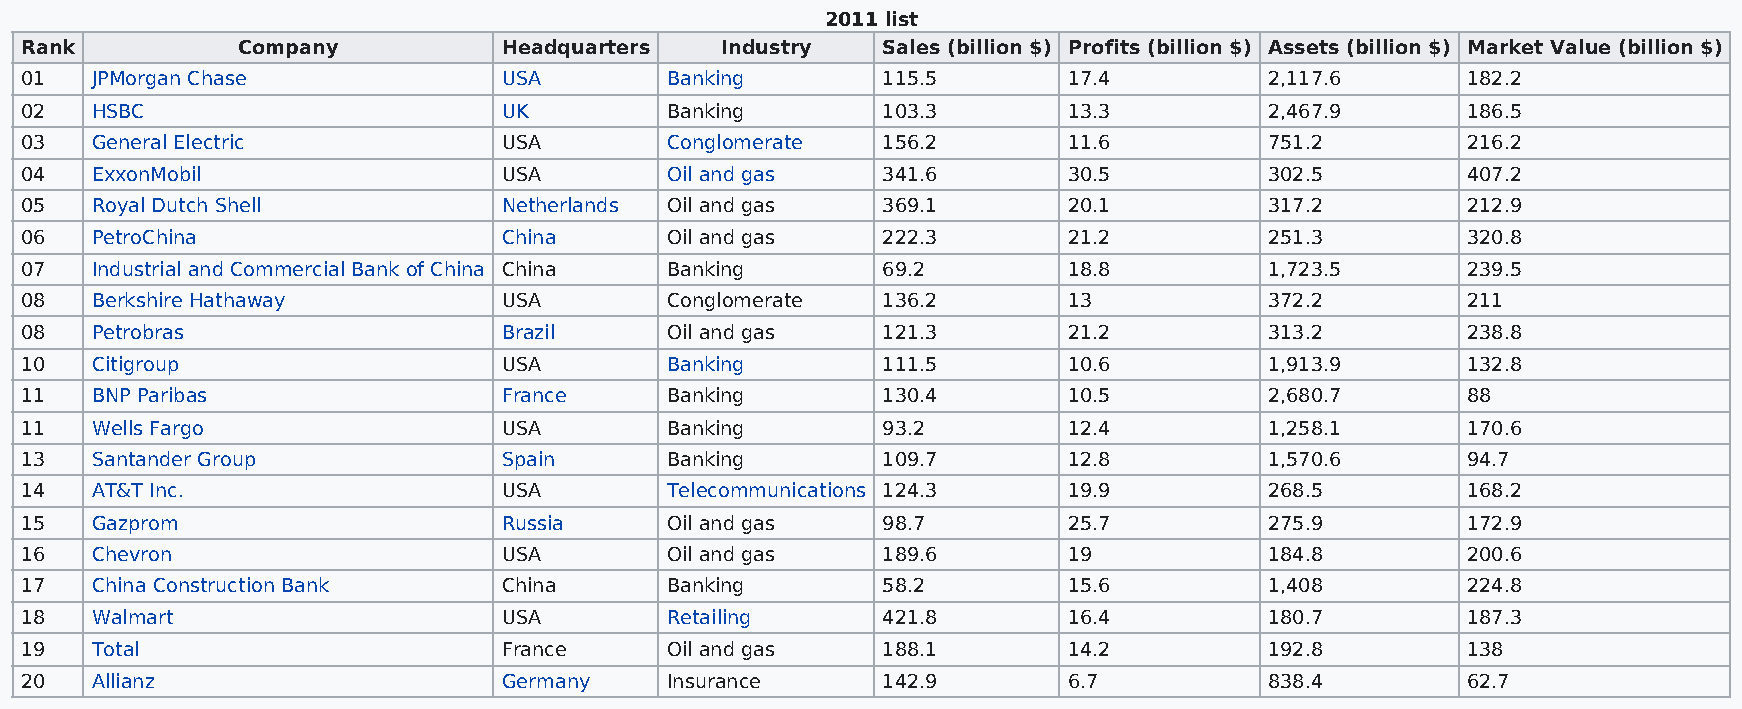
2011 list
 Rank           Company          Headquarters   Industry  Sales (billion $) Profits (billion $) Assets (billion $) Market Value (billion $)
 01   JPMorgan Chase             USA        Banking       115.5        17.4         2,117.6      182.2
 02   HSBC                       UK         Banking       103.3        13.3         2,467.9      186.5
 03   General Electric           USA        Conglomerate  156.2        11.6         751.2        216.2
 04   ExxonMobil                 USA        Oil and gas   341.6        30.5         302.5        407.2
 05   Royal Dutch Shell          Netherlands Oil and gas  369.1        20.1         317.2        212.9
 06   PetroChina                 China      Oil and gas   222.3        21.2         251.3        320.8
 07   Industrial and Commercial Bank of China China Banking 69.2       18.8         1,723.5      239.5
 08   Berkshire Hathaway         USA        Conglomerate  136.2        13           372.2        211
 08   Petrobras                  Brazil     Oil and gas   121.3        21.2         313.2        238.8
 10   Citigroup                  USA        Banking       111.5        10.6         1,913.9      132.8
 11   BNP Paribas                France     Banking       130.4        10.5         2,680.7      88
 11   Wells Fargo                USA        Banking       93.2         12.4         1,258.1      170.6
 13   Santander Group            Spain      Banking       109.7        12.8         1,570.6      94.7
 14   AT&T Inc.                  USA        Telecommunications 124.3   19.9         268.5        168.2
 15   Gazprom                    Russia     Oil and gas   98.7         25.7         275.9        172.9
 16   Chevron                    USA        Oil and gas   189.6        19           184.8        200.6
 17   China Construction Bank    China      Banking       58.2         15.6         1,408        224.8
 18   Walmart                    USA        Retailing     421.8        16.4         180.7        187.3
 19   Total                      France     Oil and gas   188.1        14.2         192.8        138
 20   Allianz                    Germany    Insurance     142.9        6.7          838.4        62.7